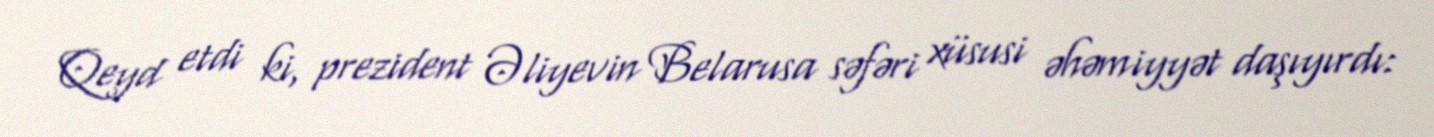
Qeyd etdi ki, prezident Əliyevin Belarusa səfəri xüsusi əhəmiyyət daşıyırdı: